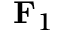
\mathbf { F } _ { 1 }